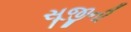
સૂજીની